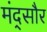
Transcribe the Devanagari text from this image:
मंद्सौर